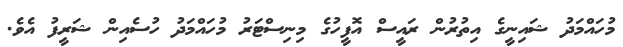
މުހައްމަދު ޝައިނީގެ އިތުރުން ރައީސް އޮފީހުގެ މިނިސްޓަރު މުހައްމަދު ހުސެއިން ޝަރީފު އެވެ.